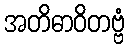
အတိဓာဝိတဗ္ဗံ